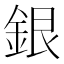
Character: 銀